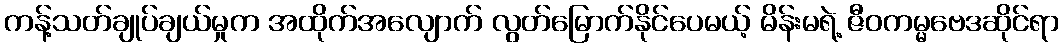
ကန့်သတ်ချုပ်ချယ်မှုက အထိုက်အလျောက် လွတ်မြောက်နိုင်ပေမယ့် မိန်းမရဲ့ ဇီဝကမ္မဗေဒဆိုင်ရာ